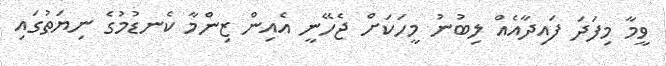
ވީމާ މިފަދަ ފައިދާއެއް ލިބުނު މީހަކަށް ޖެހޭނީ އެއިން ޒިންމާ ކެނޑުމުގެ ނިޔަތުގައި